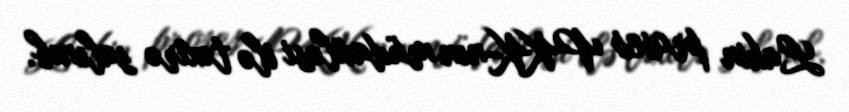
Lakin proses PKK-nın müdaxiləsi ilə təxirə salınıb.